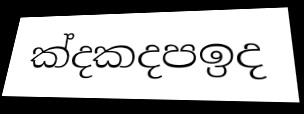
ක්දකදපඉද